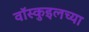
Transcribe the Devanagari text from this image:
वॉस्कुइलच्या